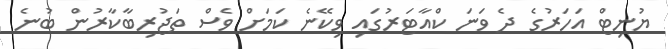
ޔުނިޓް އަހަރުގެ ދެ ވަނަ ކްއާޓަރުގައި ވިކޭނެ ކަމަށް ވެސް ތަޖުރިބާކާރުން ބުނެ